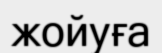
жойуға